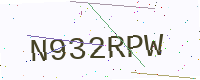
Text: N932RPW